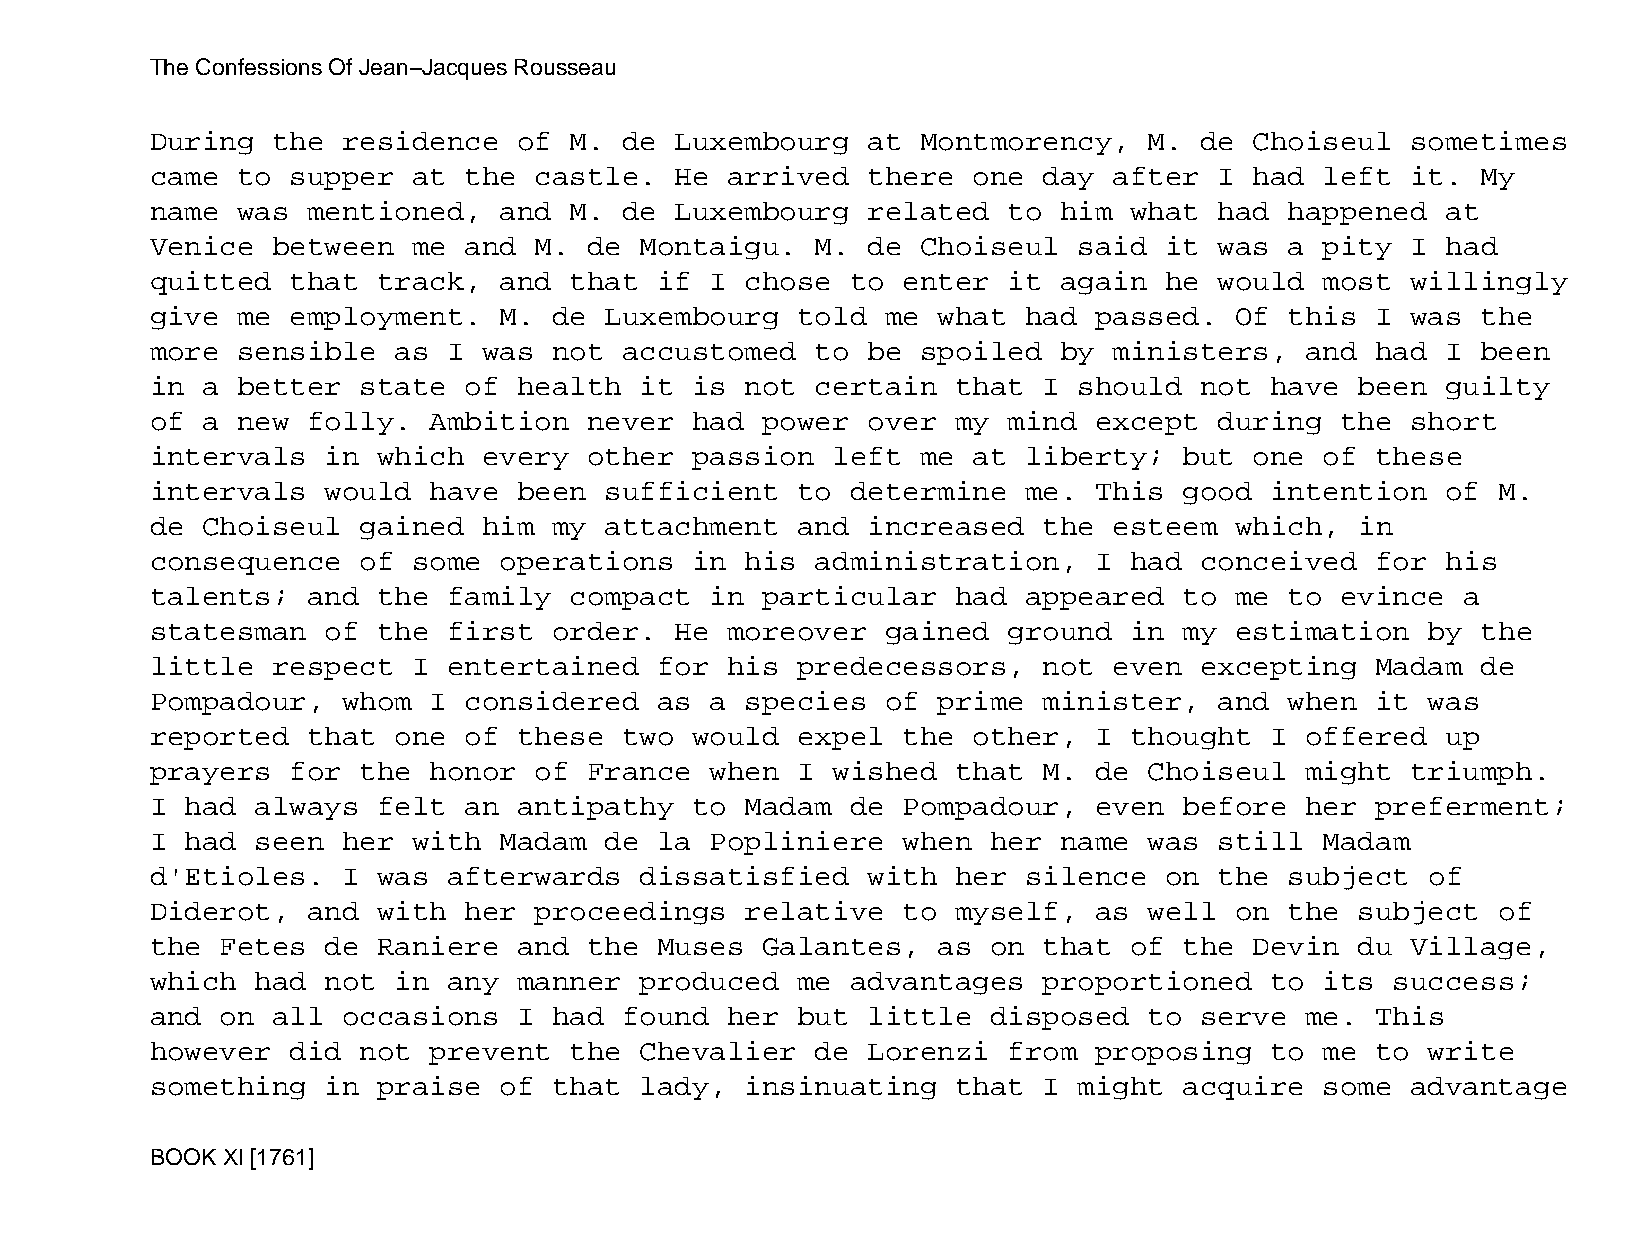
The Confessions Of Jean−Jacques Rousseau
 During  the  residence  of  M. de  Luxembourg  at  Montmorency,   M. de  Choiseul  sometimes
 came  to supper  at  the castle.   He arrived  there  one  day  after  I had  left it.  My
 name  was mentioned,   and  M. de  Luxembourg  related   to him  what  had happened   at
 Venice  between  me  and M.  de Montaigu.   M. de  Choiseul  said  it  was a  pity I  had
 quitted  that  track,  and  that  if I chose  to  enter  it again  he  would  most willingly
 give  me employment.   M.  de Luxembourg   told  me what  had passed.   Of this  I was  the
 more  sensible  as  I was  not accustomed   to be  spoiled  by  ministers,  and  had  I been
 in a  better  state  of health  it  is not  certain  that  I should  not  have  been  guilty
 of a  new folly.  Ambition   never  had power  over  my  mind except   during  the short
 intervals   in which  every  other  passion  left  me at  liberty;  but  one  of these
 intervals   would have  been  sufficient   to determine   me. This  good  intention   of M.
 de Choiseul   gained  him  my attachment   and increased   the  esteem  which,  in
 consequence   of some  operations   in his  administration,   I  had conceived   for  his
 talents;  and  the  family  compact  in particular   had  appeared  to  me to  evince  a
 statesman   of the  first  order.  He moreover   gained  ground  in my  estimation   by the
 little  respect  I  entertained   for his  predecessors,   not  even excepting   Madam  de
 Pompadour,   whom I  considered   as a species   of prime  minister,   and when  it  was
 reported  that  one  of these  two  would  expel  the other,  I  thought  I offered   up
 prayers  for  the honor  of  France  when  I wished  that  M. de  Choiseul  might  triumph.
 I had  always  felt  an antipathy   to Madam  de  Pompadour,  even  before  her  preferment;
 I had  seen  her with  Madam  de  la Popliniere   when  her name  was  still  Madam
 d'Etioles.   I was  afterwards  dissatisfied   with  her  silence  on  the subject   of
 Diderot,  and  with  her proceedings   relative   to myself,  as  well  on the  subject  of
 the  Fetes  de Raniere  and  the  Muses Galantes,   as  on that  of the  Devin  du Village,
 which  had  not in  any manner  produced   me advantages   proportioned   to  its success;
 and  on all  occasions  I  had found  her  but little   disposed  to serve  me.  This
 however  did  not prevent   the Chevalier   de Lorenzi   from proposing   to  me to  write
 something   in praise  of  that lady,  insinuating   that  I might  acquire   some advantage
 BOOK XI [1761]